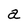
Character: a